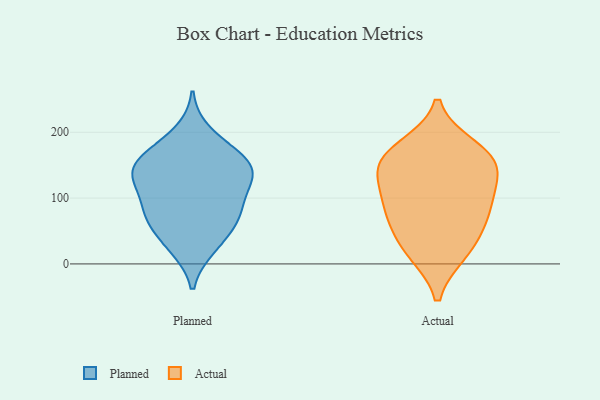
{"axis": {"x": "Page Views", "y": "Value"}, "legend": ["Actual", "Planned"], "data": [{"x": "", "y": 72, "type": "Planned"}, {"x": "", "y": 170, "type": "Planned"}, {"x": "", "y": 27, "type": "Planned"}, {"x": "", "y": 200, "type": "Planned"}, {"x": "", "y": 134, "type": "Planned"}, {"x": "", "y": 115, "type": "Planned"}, {"x": "", "y": 119, "type": "Planned"}, {"x": "", "y": 135, "type": "Planned"}, {"x": "", "y": 24, "type": "Planned"}, {"x": "", "y": 152, "type": "Planned"}, {"x": "", "y": 80, "type": "Planned"}, {"x": "", "y": 164, "type": "Planned"}, {"x": "", "y": 57, "type": "Planned"}, {"x": "", "y": 138, "type": "Planned"}, {"x": "", "y": 156, "type": "Planned"}, {"x": "", "y": 85, "type": "Planned"}, {"x": "", "y": 69, "type": "Planned"}, {"x": "", "y": 84, "type": "Actual"}, {"x": "", "y": 153, "type": "Actual"}, {"x": "", "y": 130, "type": "Actual"}, {"x": "", "y": 106, "type": "Actual"}, {"x": "", "y": 157, "type": "Actual"}, {"x": "", "y": 58, "type": "Actual"}, {"x": "", "y": 81, "type": "Actual"}, {"x": "", "y": 22, "type": "Actual"}, {"x": "", "y": 160, "type": "Actual"}, {"x": "", "y": 176, "type": "Actual"}, {"x": "", "y": 18, "type": "Actual"}]}